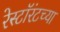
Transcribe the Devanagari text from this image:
रेस्टॉरंटच्या